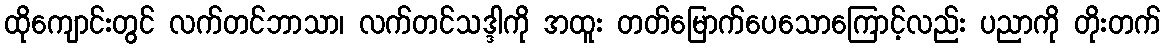
ထိုကျောင်းတွင် လက်တင်ဘာသာ၊ လက်တင်သဒ္ဒါကို အထူး တတ်မြောက်ပေသောကြောင့်လည်း ပညာကို တိုးတက်